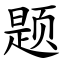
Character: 题